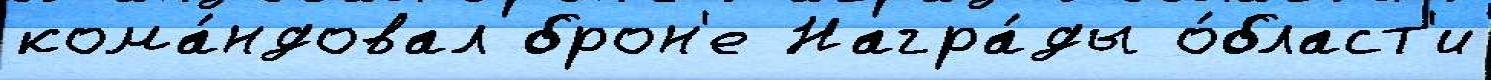
кома́ндовал брон'е Награ́ды о́бласт'и